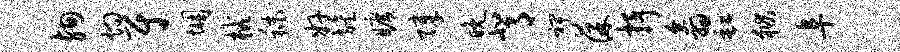
殉灼尉悃械秣奸旌旷障晚背裨葆抒翕缸狱阜